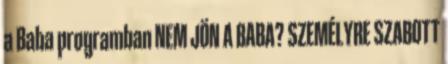
a Baba programban NEM JÖN A BABA? SZEMÉLYRE SZABOTT